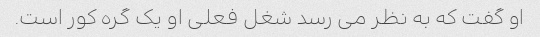
او گفت که به نظر می رسد شغل فعلی او یک گره کور است.